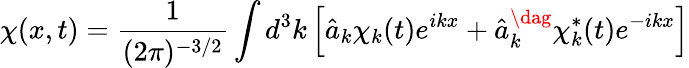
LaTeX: \chi(x,t)={\frac{1}{(2\pi)^{-3/2}}}\int d^{3}k\left[{\hat{a}}_{k}\chi_{k}(t)e^{ikx}+{\hat{a}}_{k}^{\dag}\chi_{k}^{*}(t)e^{-ikx}\right]